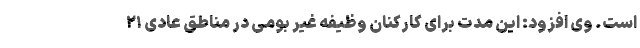
است. وی افزود: این مدت برای کارکنان وظیفه غیر بومی در مناطق عادی ۲۱